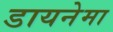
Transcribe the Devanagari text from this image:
डायनेमा